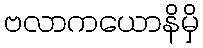
ဗလာကယောနိမှိ